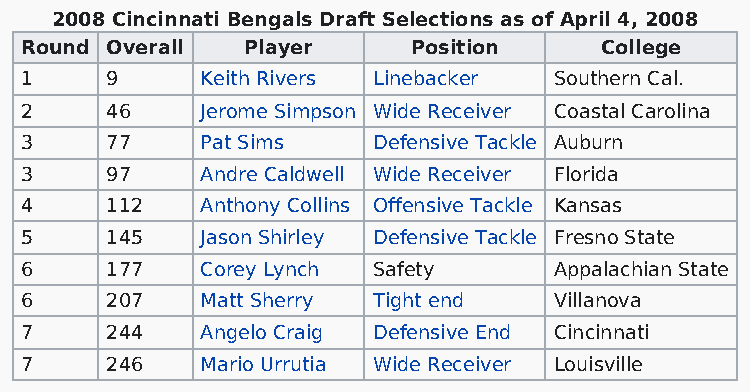
2008 Cincinnati Bengals Draft Selections as of April 4, 2008
 Round Overall  Player     Position     College
 1     9     Keith Rivers Linebacker Southern Cal.
 2     46    Jerome Simpson Wide Receiver Coastal Carolina
 3     77    Pat Sims    Defensive Tackle Auburn
 3     97    Andre Caldwell Wide Receiver Florida
 4     112   Anthony Collins Offensive Tackle Kansas
 5     145   Jason Shirley Defensive Tackle Fresno State
 6     177   Corey Lynch Safety      Appalachian State
 6     207   Matt Sherry Tight end   Villanova
 7     244   Angelo Craig Defensive End Cincinnati
 7     246   Mario Urrutia Wide Receiver Louisville